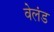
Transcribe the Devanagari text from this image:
वेलंड